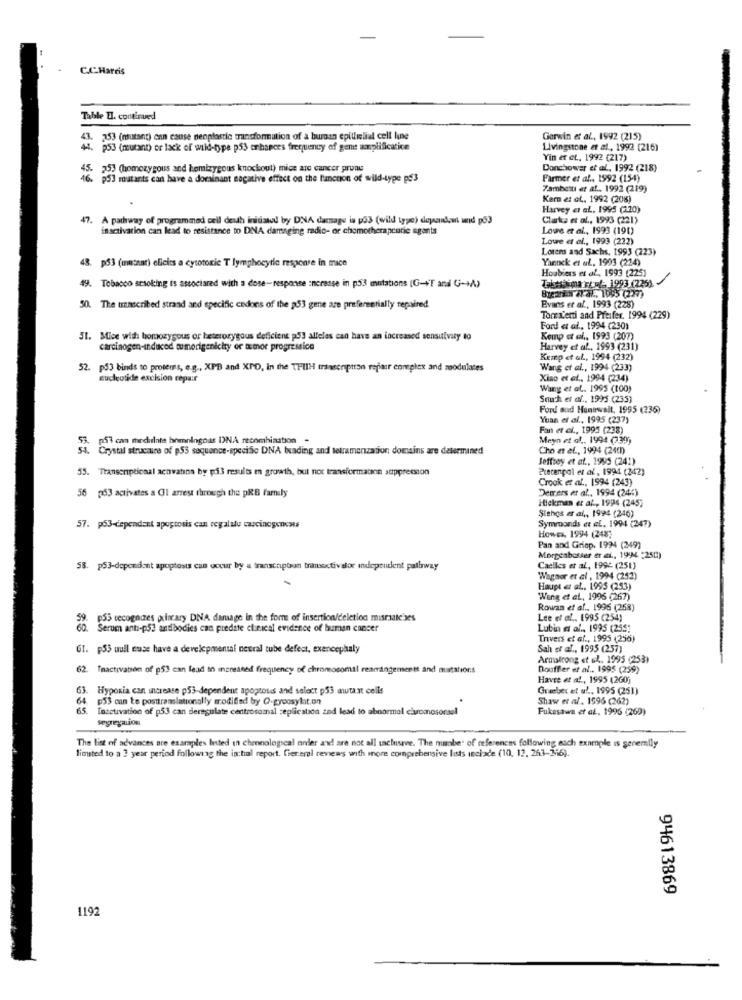
C.C.Harris
Table TI. continued
3. 353 (mutant) enn cause nenplastic transformation of a human epillilial cell line
Gerwin et al ., 1992 (215)
44. p53 (mutant) or lack of wid-type p53 enhances frequency of gene amplificatice
Livingstone et al ., 1992 (216)
Yin er et .. 1992 (217)
53 (homozygous and hemizygous knockout) mice are cancer pronu
Donchower et al. 1992 (218)
46. 953 matants can have a dominant negative effect on the l'ancnon of wild-type p$3
Farmer et al ., 1992 (154)
Zambetti et al .. 1992 (219)
Kern et al ., 1992 (208)
Harvey et al. 1995 (120)
47. A pathway of programmed cell death initiated by DNA damage is p03 (wild type) dependew und p53
Clarks et al ., 1993 (221)
inactivation can lead to resistance to DNA damaging radio- or chomotherapcurie agents
Lowe et al ., 1993 (190)
Lowe et al ., 1993 (222)
Lorem and Sachs, 1993 (223)
43. p53 (mutant) elicits a cytotoxic T lymphocytic response in mice
Yanick et al. 1993 (214)
Houbiers et al ., 1993 (225)
49. Tobacco sesoking is associated with a dose-response increase in p53 mutations [G-+T and G-+A)
Brezan aral, 1095 (227)
Tassiina row/ 1993 (225).
50. The transcribed strand and specific codons of the 53 gene are preferentially repaired
Evans et al, 1993 (228)
Tormenti and Pfeifer. 1994 (229)
Ford at af ., 1994 (230)
51. Mice with homozygous or heterozygous deficient på] alleles can have an increased sensuivity to
Kemp et al ., 1993 (207)
carcinogen-induced tumorigenicity er amor progression
Harvey et al ., 1993 (231)
Kemp et al ., 1994 (232)
52. p53 binds to proteus, e.g ., XPB and XPO, in the THIIH transcription repair complex and modulates
Wang et al ., 1994 (233)
nucleotide excision repair
Xiao et al ., 1994 (234)
Wang et al. 1995 (100)
Sauch et af ., 1995 (235)
Ford and Huntwall, 1995 (336)
Yuan et al ., 1995 (237)
Fan et cf ., 1995 (238)
53. p3 can medirlate homningnas I)NA recomhination -
Meyn et af ., 1994 (730)
4. Crystal structure of p53 sequence-specific DNA bading and tetramenzation domains are determined
Cho at ef ., 1994 (2490)
Jeffrey et al ., 1995 (241)
55. Transenpticaal acovatns by på3 results en growth, but not transformaonn suppression
Precenpol et al, 1994 (242)
Crook et al ., 1994 (243)
Demrers et al ., 1994 (246)
56 353 activates a Ul arrest through the pRB family
Hickman et al ., 1994 (245)
Siehos et al ., 1994 (246)
57. p53-cependant apoptosis can regalalu carcinogenesis
Symrounds et al. 1994 (247)
HowEs, 1994 (248;
Pan and Griep. 1994 (249)
Morgenbesser er ei ., 1994 :250)
58. p53-dependent apoptosis can occur by a transcaption tranextivalor independent pathway
Caciles et al ., 1992 (251)
Wagner et al , 1994 (252)
Haupt az at ., 1995 (253)
Wang et al, 1996 (267)
Rowan et al ., 1996 (258)
P55 recognizes porary DNA damage in the form of insertion/deletion misrualeses
Lee of af. 1995 (254)
Serum ant :- p53 antibodies can predate clinical evidence of human cancer
Lubin et al ., 1995 (255;
Tnvers et al ., 1995 (256)
61. p53 uull euse have a developmental neural tube defest, exencephaly
Sah of af ., 1995 (257)
Armstrong et al. 1995 (253)
62
Tnactivation of p53 can lead in increased frequency of chromosomil rearrangementt and matations
Douffer et al .. 1995 (259)
Havre et al ., 1995 (200)
63.
Hypoxia can increase p53-dependent apoptosis and select p53 autant cells
Graeber et al ., 1995 (251)
64. 53 can te posttranslationally modified by Q-gycosylat.on
Shaw et al . 1596 (262)
Insctivation of p53 can deregulate centrosomal seplicatica zed lead to abnormal civomosorael
Fukesawa et al. 1996 (260)
The list of advances are examples listed in chronological order and are not all tactusrve. The member of references following each example is senemily
limsted to a 3 year period following the in:hal report. Ciereml reviews with more comprehensive lists inclade (10, 12, 263-346).
94613869
119